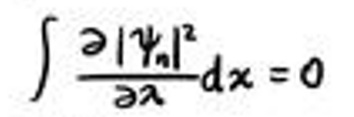
\(\int \frac{\partial |\psi_n|^2}{\partial \lambda}dx = 0\)